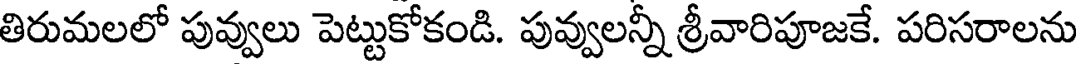
తిరుమలలో పువ్వులు పెట్టుకోకండి. పువ్వులన్నీ శ్రీవారిపూజకే. పరిసరాలను